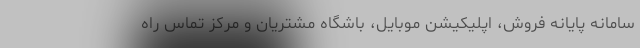
سامانه پایانه فروش، اپلیکیشن موبایل، باشگاه مشتریان و مرکز تماس راه